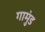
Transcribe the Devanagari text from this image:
गामुंड